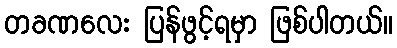
တခဏလေး ပြန်ဖွင့်ရမှာ ဖြစ်ပါတယ်။